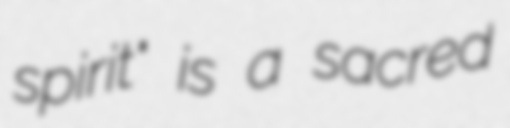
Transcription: spirit" is a sacred